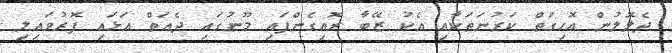
ދެލޮލުން އޮހިގަތް ކަރުނަތަކާއި އެކު ޒޭބާ ރޮއިގެންފައި މޫނުގައި ދެއަތް އަޅައި ފޮރުވައިލި